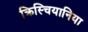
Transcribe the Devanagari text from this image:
क्रिस्चियानिया